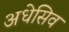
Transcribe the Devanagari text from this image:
अधेसिव